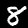
Label: 8